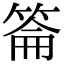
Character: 䈁